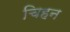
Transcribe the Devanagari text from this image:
चिहन